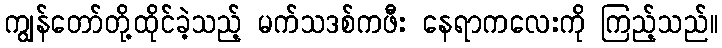
ကျွန်တော်တို့ထိုင်ခဲ့သည့် မက်သဒစ်ကဖီး နေရာကလေးကို ကြည့်သည်။